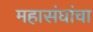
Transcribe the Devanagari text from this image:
महासंघांचा